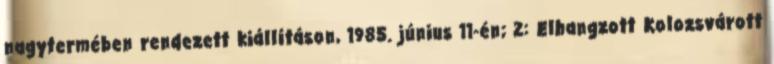
nagytermében rendezett kiállításon, 1985. június 11-én; 2: Elhangzott Kolozsvárott